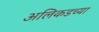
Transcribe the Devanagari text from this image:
अलिकडच्‍या